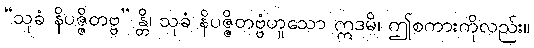
“သုခံ နိပဇ္ဇိတဗ္ဗ” န္တိ၊ သုခံ နိပဇ္ဇိတဗ္ဗံဟူသော ဣဒမိ၊ ဤစကားကိုလည်း။